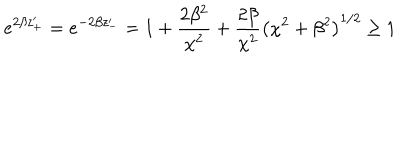
e ^ { 2 \beta z _ { + } ^ { \prime } } = e ^ { - 2 \beta z _ { - } ^ { \prime } } = 1 + \frac { 2 \beta ^ { 2 } } { \chi ^ { 2 } } + \frac { 2 \beta } { \chi ^ { 2 } } \left( \chi ^ { 2 } + \beta ^ { 2 } \right) ^ { 1 / 2 } \geq 1